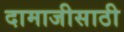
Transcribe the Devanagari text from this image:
दामाजीसाठी